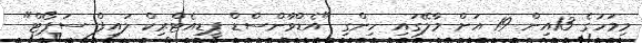
މިމަހުގެ 13އިން 19 އަށް މާލޭގައި ހިންގި "އެޑްވާންސްޑް ޕީޑިއެޓްރިކް ލައިފް ސަޕޯޓް"